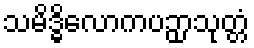
သမိဒ္ဓိလောကပဉှာသုတ္တံ